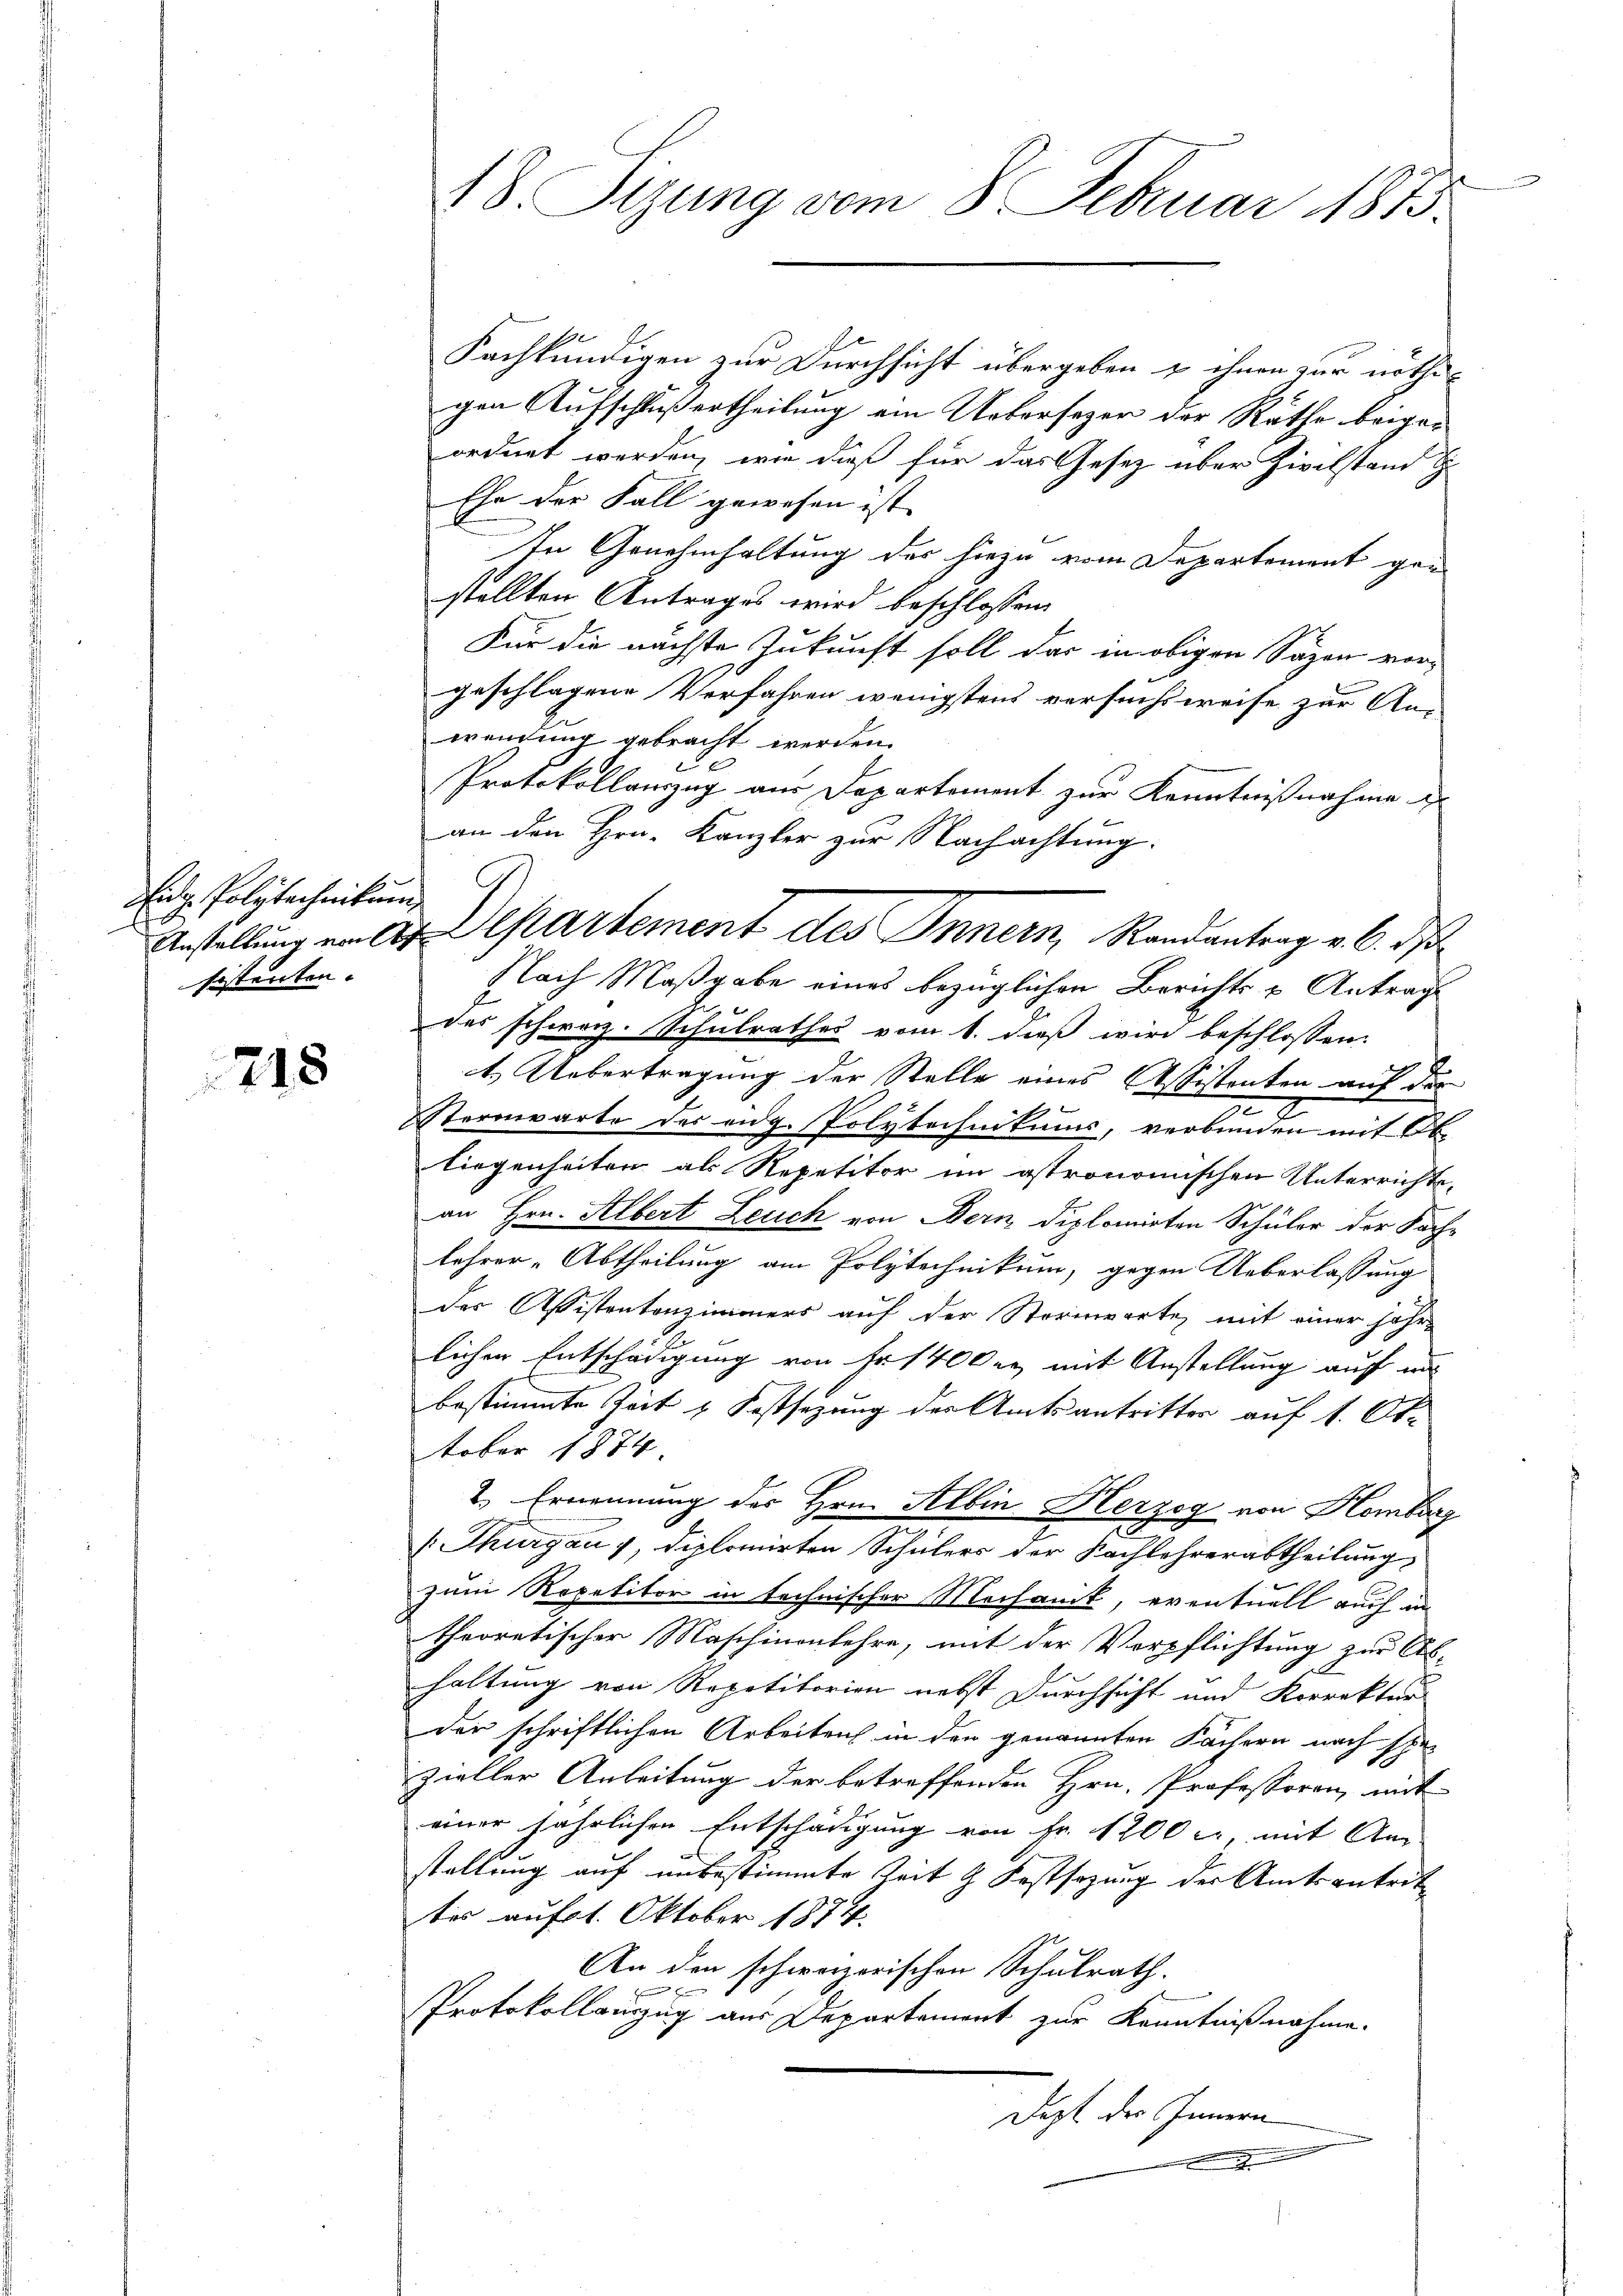
Eidg. Polytechnikum
sistenten.

218

Kachkundigen zur Durchsicht übergeben & ihnen zur nöthigen Aufschluß ertheilung ein Uebersezer der Räthe beigeordnet werden, wie dieß für das Gesetz über Zivilstand g
Ehe der Fall gewesen ist, |
In Genehmhaltung des hiezu vom Departement gen
stellten Antrages wird beschlossen:
Für die nächste Zukunft soll das in obigen Säzen vorgeschlagene Verfahren wenigstens versuchsweise zur An-
wendung gebracht werden.
Protokollanzug aus Departement zur Kenntnißnahme
an den Hrn. Kanzler zur Nachachtung.
Anstellung an der Departement des Innern, Randantrag v. 6. ds
Nach Maßgabe eines bezüglichen Berichts u Antrage
des schwarz. Schulrathes vom 1. dieß wird beschlossen:
t. Uebertragung der Stelle eines Assistenten auf der
Sternwarte der eidg. Polytechnikums, verbunden mit Ob
liegenheiten als Repetitor im astronomischen Unterrichts-
an Hrn. Albert Leuch von Bern diplomirten Schüler der Fach-
lehrer-Abtheilung am Polytechnikum, gegen Ueberlassung
der Assistentenzimmers auf der Steringerte, mit einer jähr-
lichen Entschädigung von Fr. 1400 er mit Anstellung auf was
bestimmte Zeit & Festsezung der Amtsantritter auf 1. Ot
tober 1874.
2. Ernennung des Hrn. Albin Herzog von Hombarr
(Thurgau 1, Diplomirten Schülers der Nachlehrerabtheilung
zum Repetitor in technischer Mechanik, eventuell auch in
theoretischer Maschinenlehre, mit der Verpflichtung zur Erb-
haltung von Repetitorien nebst Durchsicht und Korrektur
der schriftlichen Arbeiten in den genannten Fächern nach spre
zieller Anleitung der betreffenden Hrn. Professoren, mit
einer jährlichen Entschädigung von Fr. 1200 l., mit An
stellung auf unbestimmte Zeit & Festsezung der Amtsantrit
ties auf 1. Oktober 1874.
An den schweizerischen Schulrath.
Protokollauszug aus Departement zur Kenntnißnahme.
Dezt des Innern

18. Sizung vom 8. Februar 1875.